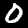
Label: 0